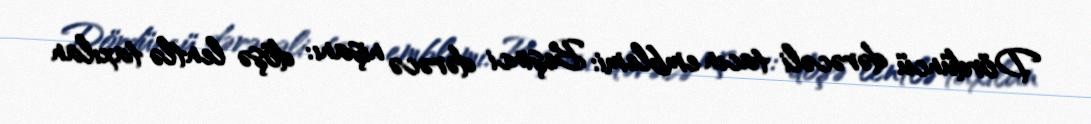
Dördüncü dərəcəli tacın emblemi: Beşinci dərəcə nişanı: döşə lentlə taxılan